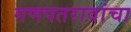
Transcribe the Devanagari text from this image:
गणपतरावांचा